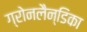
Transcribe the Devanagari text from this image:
ग्रोनलैन्डिका